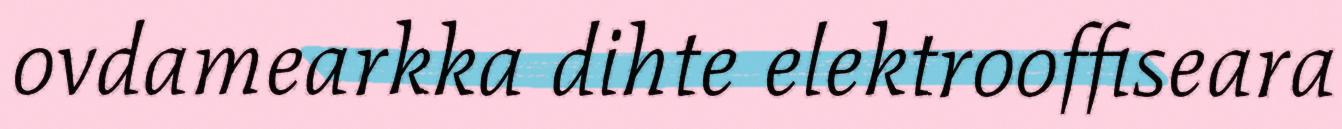
ovdamearkka dihte elektrooffiseara